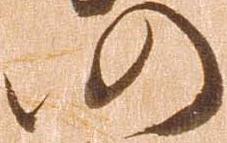
仍